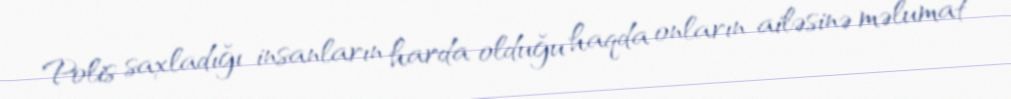
Polis saxladığı insanların harda olduğu haqda onların ailəsinə məlumat